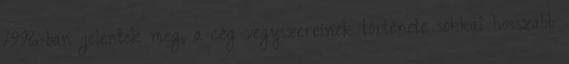
1996-ban jelentek meg, a cég vegyszereinek története sokkal hosszabb